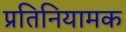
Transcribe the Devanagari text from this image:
प्रतिनियामक